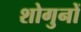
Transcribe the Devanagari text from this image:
शोगुनों